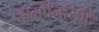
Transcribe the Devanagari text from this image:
हार्मोनिसिटि